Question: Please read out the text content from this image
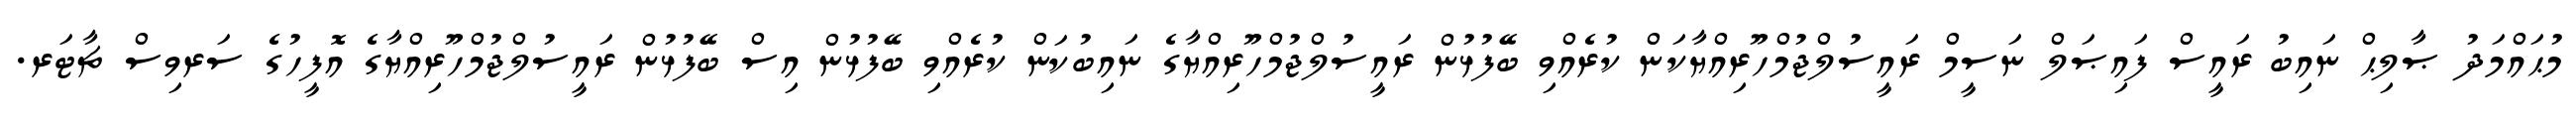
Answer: މުޙައްމަދު ޞާލިޙް ނައިބު ރައީސް ފައިޞަލް ނަސީމް ރައީސުލްޖުމްހޫރިއްޔާކަން ކުރެއްވި ބޭފުޅުން ރައީސުލްޖުމްހޫރިއްޔާގެ ނައިބުކަން ކުރެއްވި ބޭފުޅުން އިސް ބޭފުޅުން ރައީސުލްޖުމްހޫރިއްޔާގެ އޮފީހުގެ ސަރވިސް ޗާޓަރ.